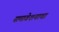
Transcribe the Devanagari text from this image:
समावेशनाचा